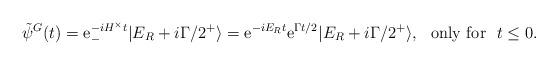
LaTeX: \begin{align*}\tilde\psi^G(t)=\textrm{e}_-^{-iH^\times t}|E_R+i\Gamma/2^+\rangle=\textrm{e}^{-iE_R t}\textrm{e}^{\Gamma t/2}|E_R+i\Gamma/2^+\rangle,\,\,\,\,\textup{only for}\,\,\,\,t\leq0.\end{align*}